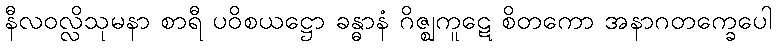
နီလဝလ္လိသုမနာ စာရီ ပဝိစယဋ္ဌော ခန္ဓာနံ ဂိဇ္ဈကူဋေ စိတကော အနာဂတက္ခေပေါ